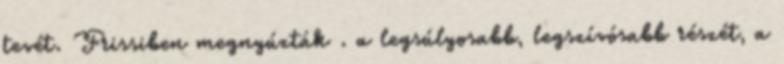
tevét. Frissiben megnyúzták . a legsúlyo­sabb, legszívósabb részét, a